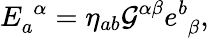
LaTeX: E_{a}^{\, \, \alpha}=\eta_{ab}\mathcal{G}^{\alpha\beta}e_{\, \, \beta}^{b},